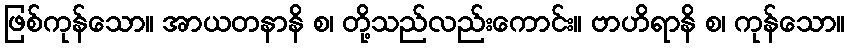
ဖြစ်ကုန်သော။ အာယတနာနိ စ၊ တို့သည်လည်းကောင်း။ ဗာဟိရာနိ စ၊ ကုန်သော။